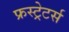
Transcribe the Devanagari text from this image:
फ्रस्ट्रेटर्स